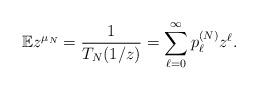
LaTeX: \begin{align*}\mathbb{E} z^{\mu_{N}} = \frac{1}{T_{N}(1/z)} = \sum_{\ell=0}^{\infty} p_{\ell}^{(N)} z^{\ell}.\end{align*}